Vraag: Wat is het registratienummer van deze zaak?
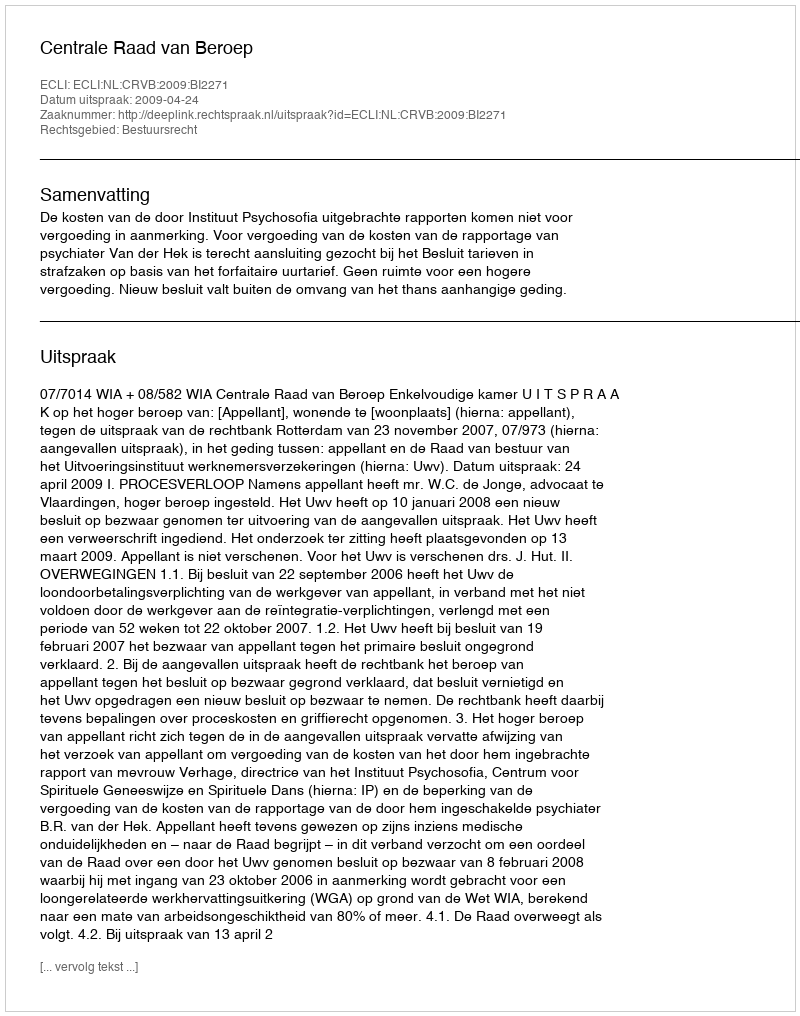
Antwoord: http://deeplink.rechtspraak.nl/uitspraak?id=ECLI:NL:CRVB:2009:BI2271